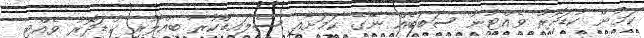
ކަމުން ކުޑަދޮރު ވެއްޓުނު ސަބަބެއް ނޭގޭ ކަމަށާއި ސްލައިޑްކުރާ ބިއްލޫރި ކުޑަދޮރު ވެއްޓި